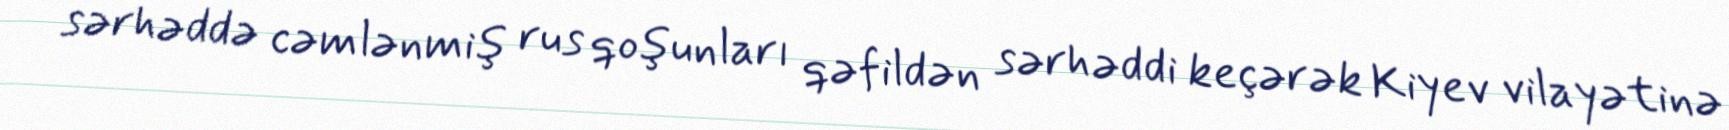
sərhəddə cəmlənmiş rus qoşunları qəfildən sərhəddi keçərək Kiyev vilayətinə